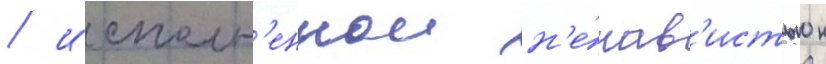
/ исполн'еннои н'е́нав'истью к